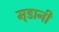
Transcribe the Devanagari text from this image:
मृडानी